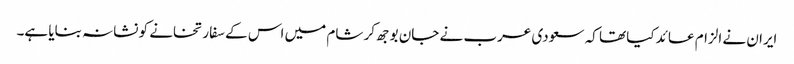
ایران نے الزام عائد کیا تھا کہ سعودی عرب نے جان بوجھ کر شام میں اس کے سفارتخانے کو نشانہ بنایا ہے۔